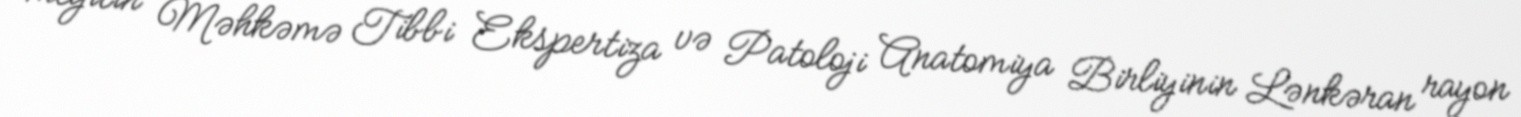
meyitin Məhkəmə Tibbi Ekspertiza və Patoloji Anatomiya Birliyinin Lənkəran rayon